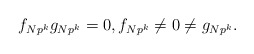
\begin{align*} f_{Np^k} g_{Np^k} = 0, f_{Np^k} \ne 0 \ne g_{Np^k}.\end{align*}